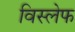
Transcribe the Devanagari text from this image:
विस्लेफ